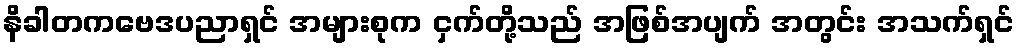
နိခါတကဗေဒပညာရှင် အများစုက ငှက်တို့သည် အဖြစ်အပျက် အတွင်း အသက်ရှင်